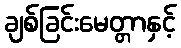
ချစ်ခြင်းမေတ္တာနှင့်